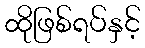
ထိုဖြစ်ရပ်နှင့်